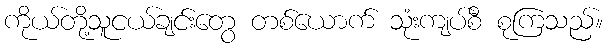
ကိုယ်တို့သူငယ်ချင်းတွေ တစ်ယောက် သုံးကျပ်စီ စုကြသည်။